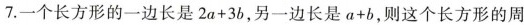
7.一个长方形的一边长是$$2a+3b$$，另一边长是$$α+b$$，则这个长方形的周